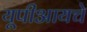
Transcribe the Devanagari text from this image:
यूपीआयचे